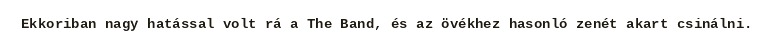
Ekkoriban nagy hatással volt rá a The Band, és az övékhez hasonló zenét akart csinálni.